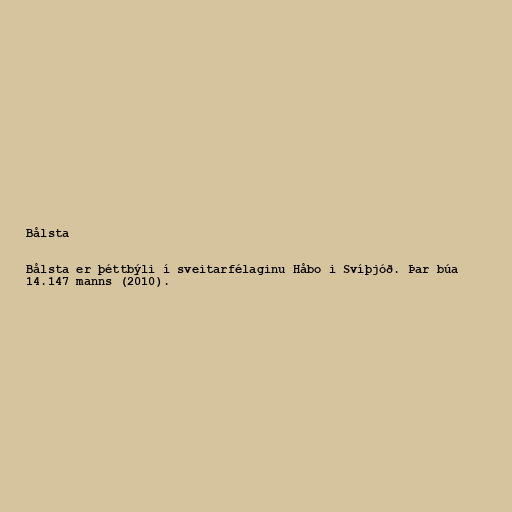
Bålsta

Bålsta er þéttbýli í sveitarfélaginu Håbo i Svíþjóð. Þar búa
14.147 manns (2010).